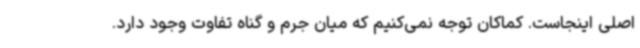
اصلی اینجاست. کماکان توجه نمی‌کنیم که میان جرم و گناه تفاوت وجود دارد.